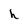
Character: h